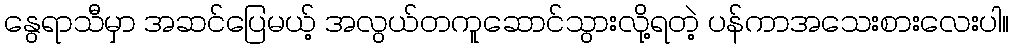
နွေရာသီမှာ အဆင်ပြေမယ့် အလွယ်တကူဆောင်သွားလို့ရတဲ့ ပန်ကာအသေးစားလေးပါ။